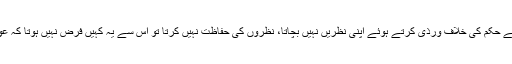
اس کا جواب یہ ہے کہ اگر کوئی مرد اللہ کے حکم کی خلاف ورذی کرتے ہوئے اپنی نظریں نہیں بچاتا، نظروں کی حفاظت نہیں کرتا تو اس سے یہ کہیں فرض نہیں ہوتا کہ عورتوں پر سے پردہ کا حکم ساقط ہو گیا ہے۔